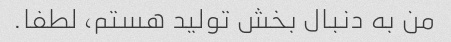
من به دنبال بخش تولید هستم، لطفا.